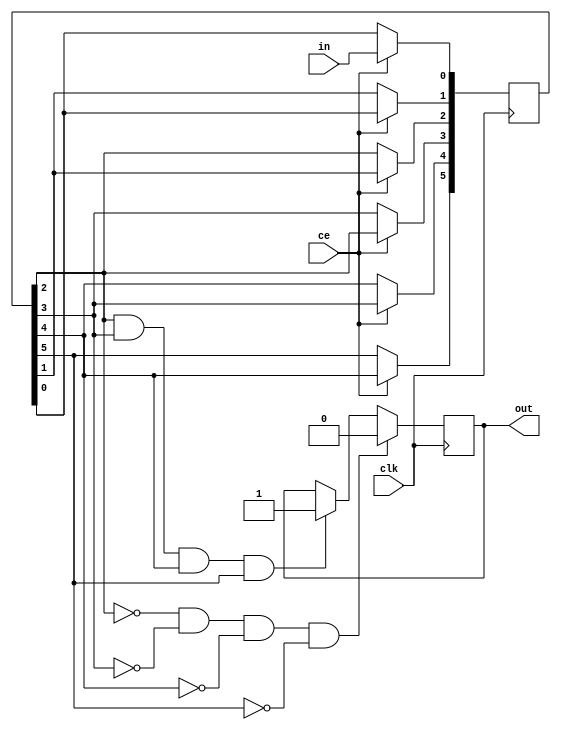
module digitalfilter(output out, input clk, input ce, input in);
  reg [5:0] taps = 6'b000000;
  reg result = 0;
  assign out = result;
  always @(posedge clk)
  begin
    if(ce)
      begin
        taps[5] <= taps[4];
        taps[4] <= taps[3];
    	taps[3] <= taps[2];
    	taps[2] <= taps[1];
    	taps[1] <= taps[0];
        taps[0] <= in;
      end
    if(taps[2] & taps[3] & taps[4] & taps[5])
      result <= 1;
    if(~taps[2] & ~taps[3] & ~taps[4] & ~taps[5])
      result <= 0;
  end
endmodule